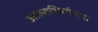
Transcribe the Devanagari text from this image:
आत्‍माभिव्‍यंजना